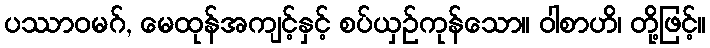
ပဿာဝမဂ်, မေထုန်အကျင့်နှင့် စပ်ယှဉ်ကုန်သော။ ဝါစာဟိ၊ တို့ဖြင့်။